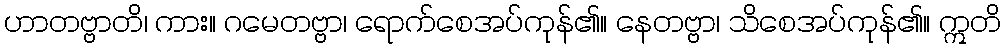
ဟာတဗ္ဗာတိ၊ ကား။ ဂမေတဗ္ဗာ၊ ရောက်စေအပ်ကုန်၏။ နေတဗ္ဗာ၊ သိစေအပ်ကုန်၏။ ဣတိ